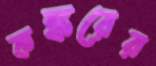
কঙ্করের